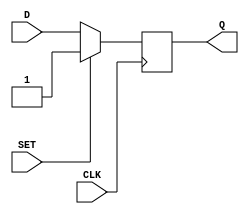
`ifdef verilator3
`else
`timescale 1 ps / 1 ps
`endif
//
// DFFNS primitive for Gowin FPGAs
// Compatible with Verilator tool (www.veripool.org)
// Copyright (c) 2022 Frdric REQUIN
// License : BSD
//

module DFFNS
#(
    parameter INIT = 1'b1
)
(
    input  CLK,
    input  SET,
    input  D,
    output Q
);

    reg _r_Q;

    initial begin
        _r_Q = INIT;
    end

    always @(negedge CLK) begin
    
        if (SET) begin
            _r_Q <= 1'b1;
        end
        else begin
            _r_Q <= D;
        end
    end

    assign Q = _r_Q;

endmodule